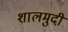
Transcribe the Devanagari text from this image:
शालमुदी